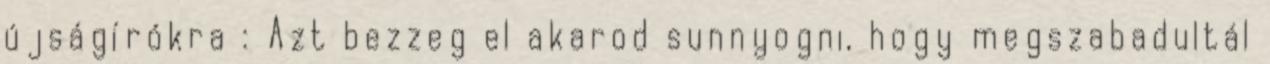
újságírókra : Azt bezzeg el akarod sunnyogni, hogy megszabadultál